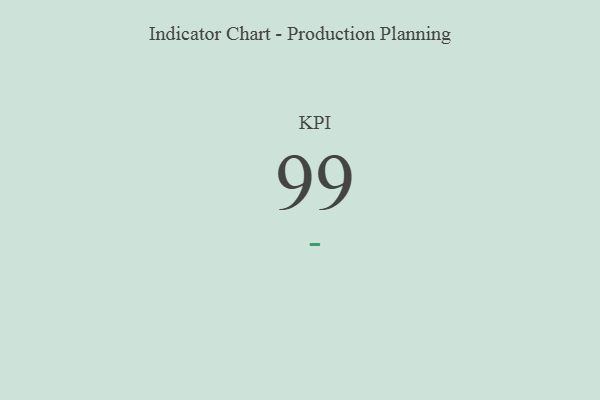
{"axis": {"x": "KPI", "y": "Value"}, "legend": [""], "data": [{"x": "KPI", "y": 99, "type": ""}]}